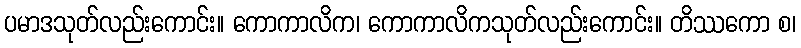
ပမာဒသုတ်လည်းကောင်း။ ကောကာလိက၊ ကောကာလိကသုတ်လည်းကောင်း။ တိဿကော စ၊